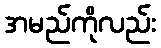
အမည်ကိုလည်း